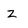
Character: z